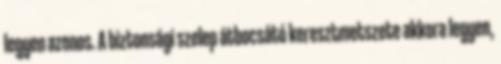
legyen azonos. A biztonsági szelep átbocsátó keresztmetszete akkora legyen,